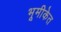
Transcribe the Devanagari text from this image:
भूमीकेत